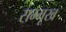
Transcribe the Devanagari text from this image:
सम्मूख